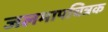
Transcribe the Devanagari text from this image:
जलमापचित्रक